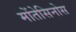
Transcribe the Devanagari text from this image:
मोंतेसिनोस